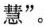
惠”。